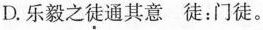
D.乐毅之徒通其意 徒：门徒。